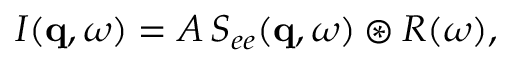
\begin{array} { r } { I ( \mathbf { q } , \omega ) = A \, S _ { e e } ( \mathbf { q } , \omega ) \circledast R ( \omega ) , } \end{array}